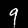
Label: 9